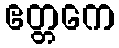
ဧတ္တကေ